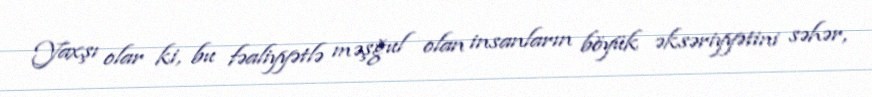
Yaxşı olar ki, bu fəaliyyətlə məşğul olan insanların böyük əksəriyyətini səhər,